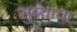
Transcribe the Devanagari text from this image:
सुब्याचा